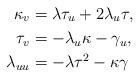
LaTeX: \begin{align*}\kappa_{v} & =\lambda\tau_{u}+2\lambda_{u}\tau,\\\tau_{v} & =-\lambda_{u}\kappa-\gamma_{u},\\\lambda_{uu} & =-\lambda\tau^{2}-\kappa\gamma\end{align*}